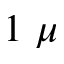
1 ~ \mu